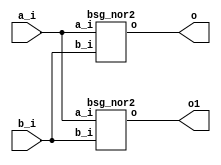


module top
(
  a_i,
  b_i,
  o,
  o1 // added for decompiling
);

  input [15:0] a_i;
  input [15:0] b_i;
  output [15:0] o;
  output [15:0] o1; // added for decompiling

  bsg_nor2
  wrapper
  (
    .a_i(a_i),
    .b_i(b_i),
    .o(o)
  );

  bsg_nor2
  wrapper1
  (
    .a_i(a_i), 
    .b_i(b_i), 
    .o(o1) // added for decompiling
  );


endmodule



module bsg_nor2
(
  a_i,
  b_i,
  o
);

  input [15:0] a_i;
  input [15:0] b_i;
  output [15:0] o;
  wire [15:0] o;
  wire N0,N1,N2,N3,N4,N5,N6,N7,N8,N9,N10,N11,N12,N13,N14,N15;
  assign o[15] = ~N0;
  assign N0 = a_i[15] | b_i[15];
  assign o[14] = ~N1;
  assign N1 = a_i[14] | b_i[14];
  assign o[13] = ~N2;
  assign N2 = a_i[13] | b_i[13];
  assign o[12] = ~N3;
  assign N3 = a_i[12] | b_i[12];
  assign o[11] = ~N4;
  assign N4 = a_i[11] | b_i[11];
  assign o[10] = ~N5;
  assign N5 = a_i[10] | b_i[10];
  assign o[9] = ~N6;
  assign N6 = a_i[9] | b_i[9];
  assign o[8] = ~N7;
  assign N7 = a_i[8] | b_i[8];
  assign o[7] = ~N8;
  assign N8 = a_i[7] | b_i[7];
  assign o[6] = ~N9;
  assign N9 = a_i[6] | b_i[6];
  assign o[5] = ~N10;
  assign N10 = a_i[5] | b_i[5];
  assign o[4] = ~N11;
  assign N11 = a_i[4] | b_i[4];
  assign o[3] = ~N12;
  assign N12 = a_i[3] | b_i[3];
  assign o[2] = ~N13;
  assign N13 = a_i[2] | b_i[2];
  assign o[1] = ~N14;
  assign N14 = a_i[1] | b_i[1];
  assign o[0] = ~N15;
  assign N15 = a_i[0] | b_i[0];

endmodule